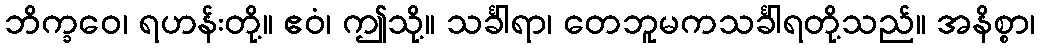
ဘိက္ခဝေ၊ ရဟန်းတို့။ ဧဝံ၊ ဤသို့။ သင်္ခါရာ၊ တေဘူမကသင်္ခါရတို့သည်။ အနိစ္စာ၊